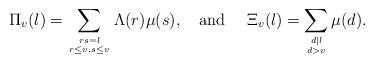
LaTeX: \begin{align*} \Pi_{v}(l)=\sum_{\genfrac{}{}{0pt}{}{rs=l}{r\le v, s\le v}}\Lambda(r)\mu(s), \ \ \ \mbox{and}\ \ \ \ \Xi_{v}(l)=\sum_{\genfrac{}{}{0pt}{}{d|l}{d>v}}\mu(d).\end{align*}